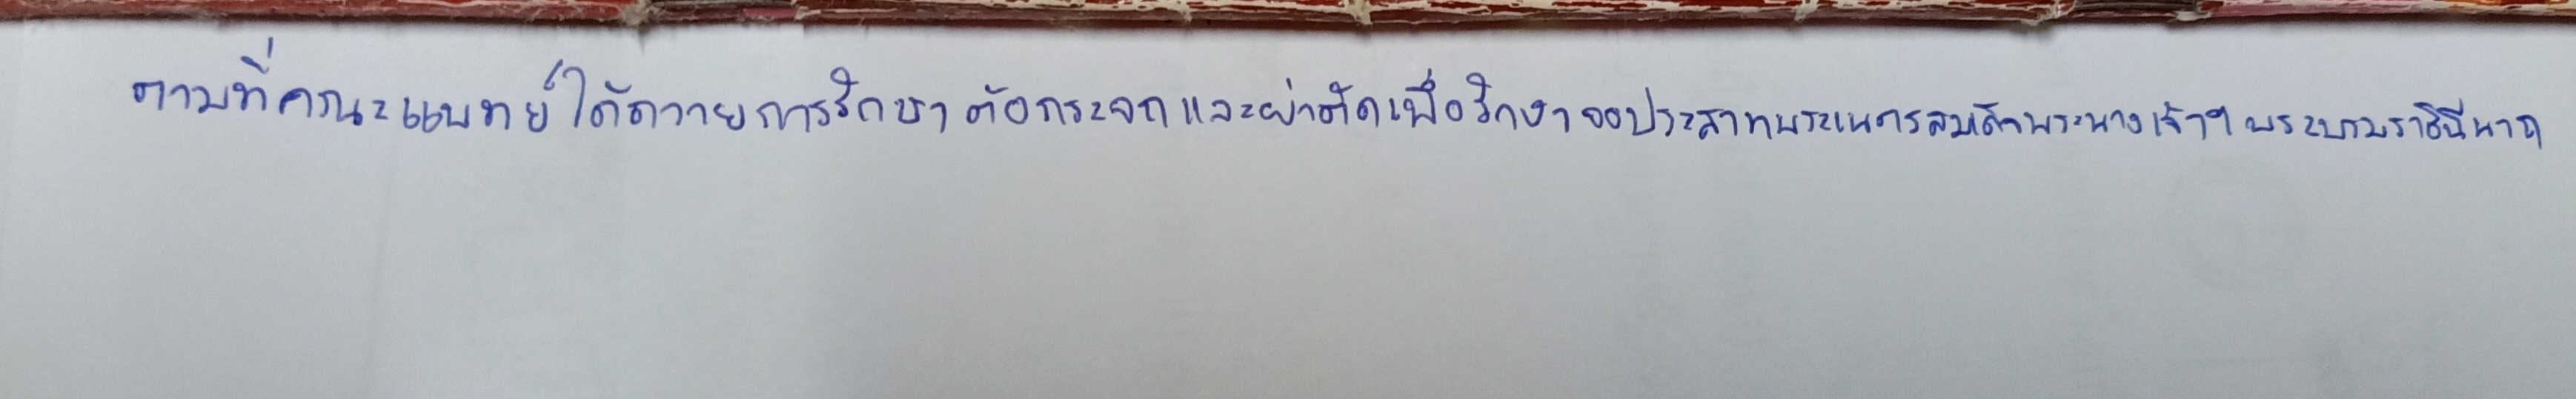
ตามที่คณะแพทย์ได้ถวายการรักษาต้อกระจกและผ่าตัดเพื่อรักษาจอประสาทพระเนตรสมเด็จพระนางเจ้าฯ พระบรมราชินีนาถ